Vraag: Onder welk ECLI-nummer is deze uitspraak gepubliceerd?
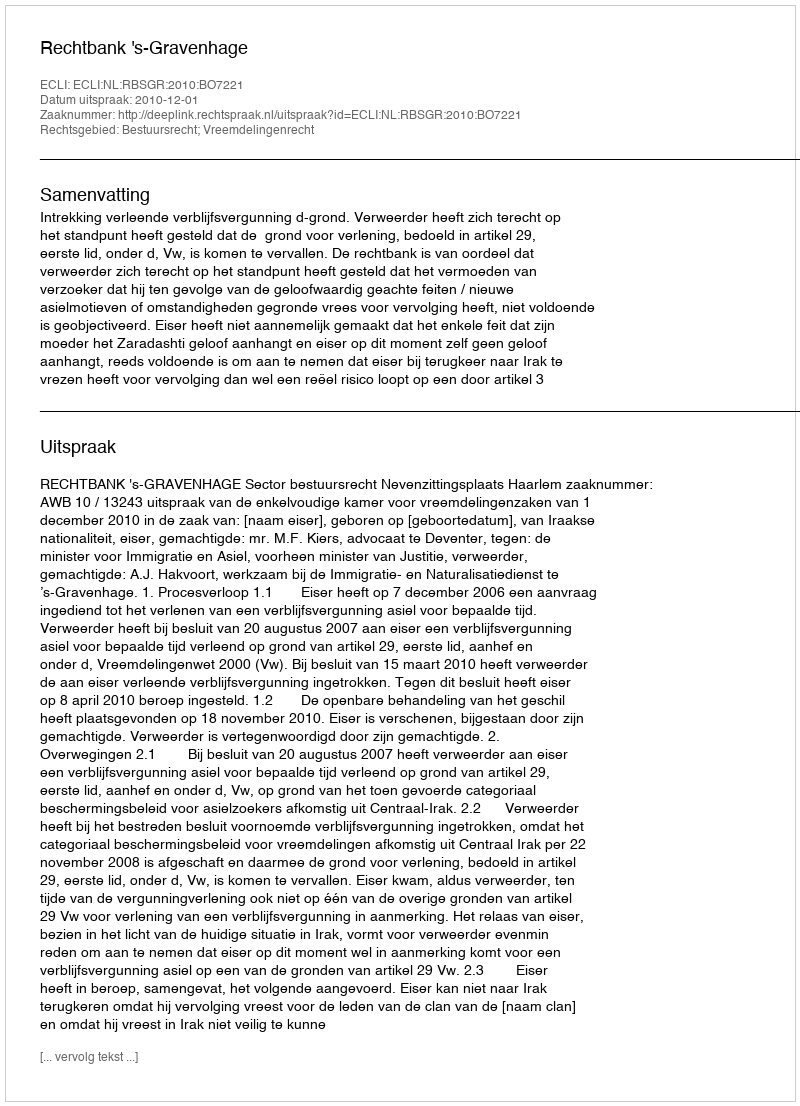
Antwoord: ECLI:NL:RBSGR:2010:BO7221